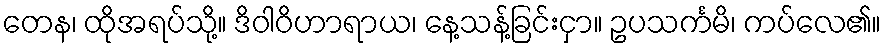
တေန၊ ထိုအရပ်သို့။ ဒိဝါဝိဟာရာယ၊ နေ့သန့်ခြင်းငှာ။ ဥပသင်္ကမိ၊ ကပ်လေ၏။